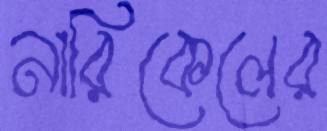
নারিকেলের